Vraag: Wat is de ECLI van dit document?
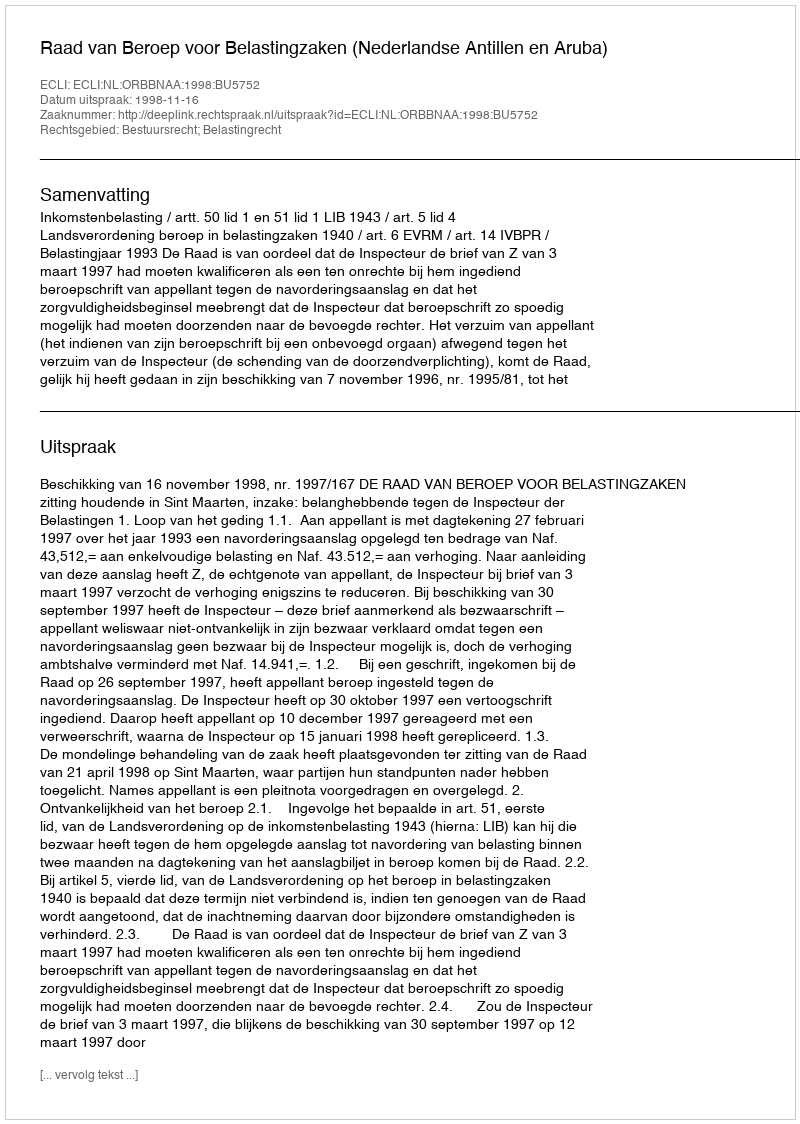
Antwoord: ECLI:NL:ORBBNAA:1998:BU5752